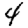
Digit: 4